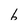
Character: 6